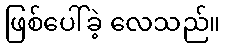
ဖြစ်ပေါ်ခဲ့ လေသည်။